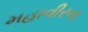
મહાવીરના